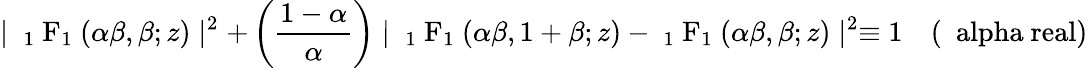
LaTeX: \mid\mathrm{~{{}_{1}~F_{1}}~}(\alpha\beta,\beta;z)\mid^{2}+\left(\frac{1-\alpha}{\alpha}\right)\mid\mathrm{~{{}_{1}~F_{1}}~}(\alpha\beta,1+\beta;z)-\mathrm{~{{}_{1}~F_{1}}~}(\alpha\beta,\beta;z)\mid^{2}\equiv 1\quad\mathrm{(~\ alpha~real)}